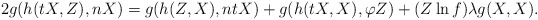
\begin{align*}2g(h(tX,Z), nX)=g(h(Z, X), ntX)+g(h(tX, X), \varphi Z)+(Z\ln f)\lambda g(X,X).\end{align*}